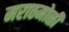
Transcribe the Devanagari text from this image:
मराठमोळी